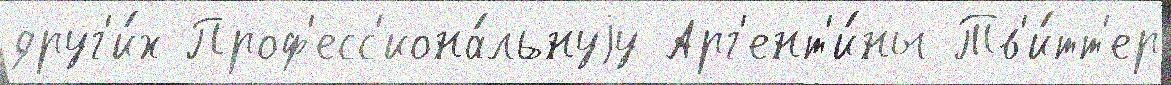
друг'и́х Проф'есс'иона́льнуjу Арг'ент'и́ны Тв'и́тт'ер